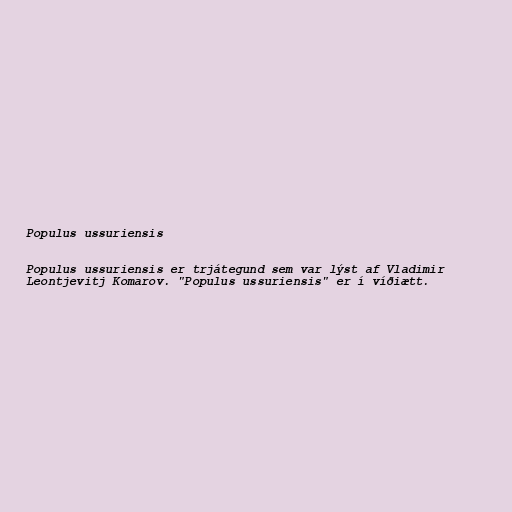
Populus ussuriensis

Populus ussuriensis er trjátegund sem var lýst af Vladimir
Leontjevitj Komarov. "Populus ussuriensis" er í víðiætt.